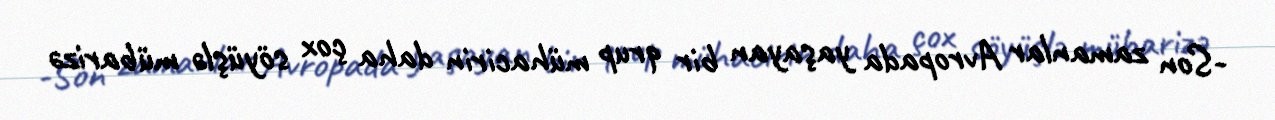
-Son zamanlar Avropada yaşayan bir qrup mühacirin daha çox söyüşlə mübarizə